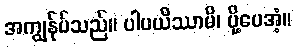
အကျွန်ုပ်သည်။ ပါပယိဿာမိ၊ ပို့ပေအံ့။